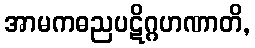
အာမကဓညပဋိဂ္ဂဟဏာတိ,